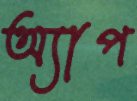
অ্যাপ